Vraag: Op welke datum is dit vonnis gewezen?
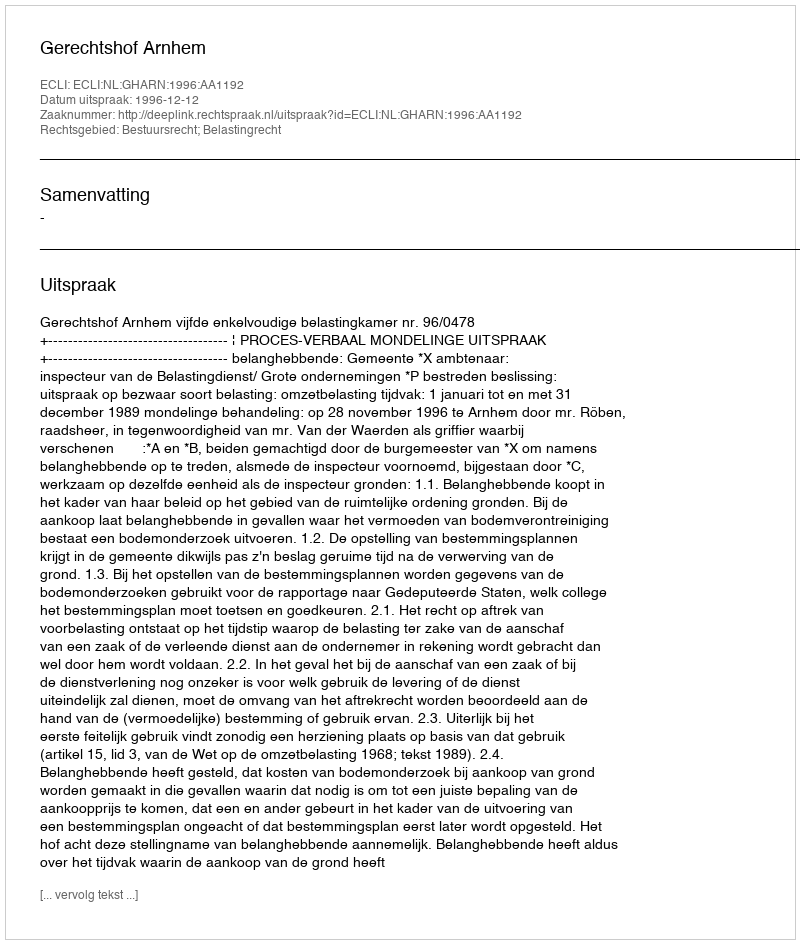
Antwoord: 1996-12-12